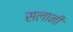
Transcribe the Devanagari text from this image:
सलानी